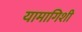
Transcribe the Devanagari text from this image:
यामागिशी